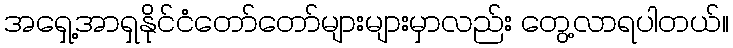
အရှေ့အာရှနိုင်ငံတော်တော်များများမှာလည်း တွေ့လာရပါတယ်။